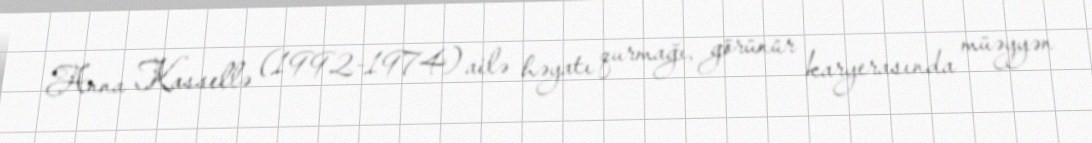
Anna Kassellə (1992-1974) ailə həyatı qurmağı, görünür karyerasında müəyyən